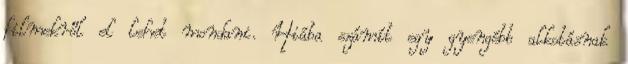
filmekről el lehet mondani. Hiába számít egy gyengébb alkotásnak